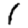
Digit: 1